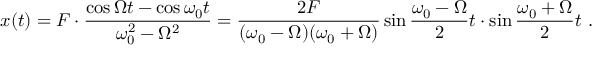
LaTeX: x ( t ) = F \cdot \frac { \cos \Omega t - \cos \omega _ { 0 } t } { \omega _ { 0 } ^ { 2 } - \Omega ^ { 2 } } = \frac { 2 F } { ( \omega _ { 0 } - \Omega ) ( \omega _ { 0 } + \Omega ) } \sin \frac { \omega _ { 0 } - \Omega } { 2 } t \cdot \sin \frac { \omega _ { 0 } + \Omega } { 2 } t \ .